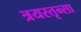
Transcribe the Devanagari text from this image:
त्रयस्तृन्सा